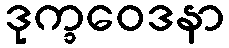
ဒုက္ခဝေဒနာ